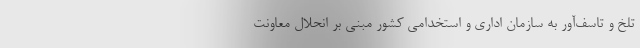
تلخ و تاسف‌آور به سازمان اداری و استخدامی کشور مبنی بر انحلال معاونت